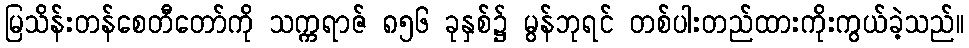
မြသိန်းတန်စေတီတော်ကို သက္ကရာဇ် ၈၅၆ ခုနှစ်၌ မွန်ဘုရင် တစ်ပါးတည်ထားကိုးကွယ်ခဲ့သည်။